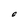
Character: 0